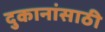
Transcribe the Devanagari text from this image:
दुकानांसाठी